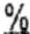
%